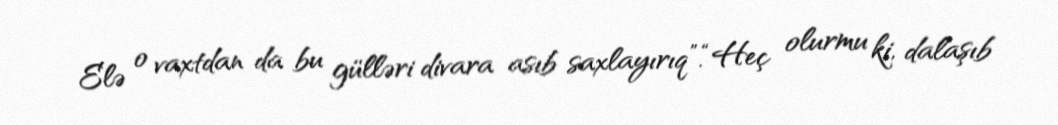
Elə o vaxtdan da bu gülləri divara asıb saxlayırıq”.“Heç olurmu ki, dalaşıb